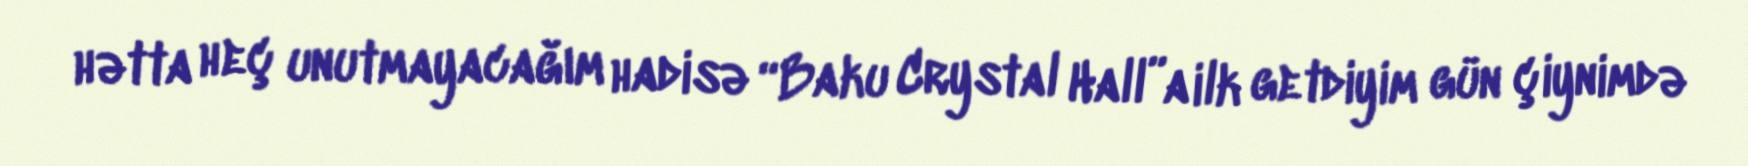
hətta heç unutmayacağım hadisə “Baku Crystal Hall”a ilk getdiyim gün çiynimdə